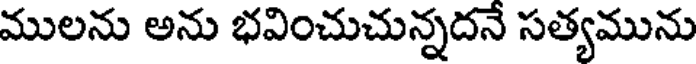
ములను అను భవించుచున్నదనే సత్యమును